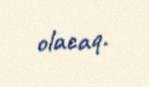
olacaq.